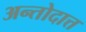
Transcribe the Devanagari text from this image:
अन्तोदात्त